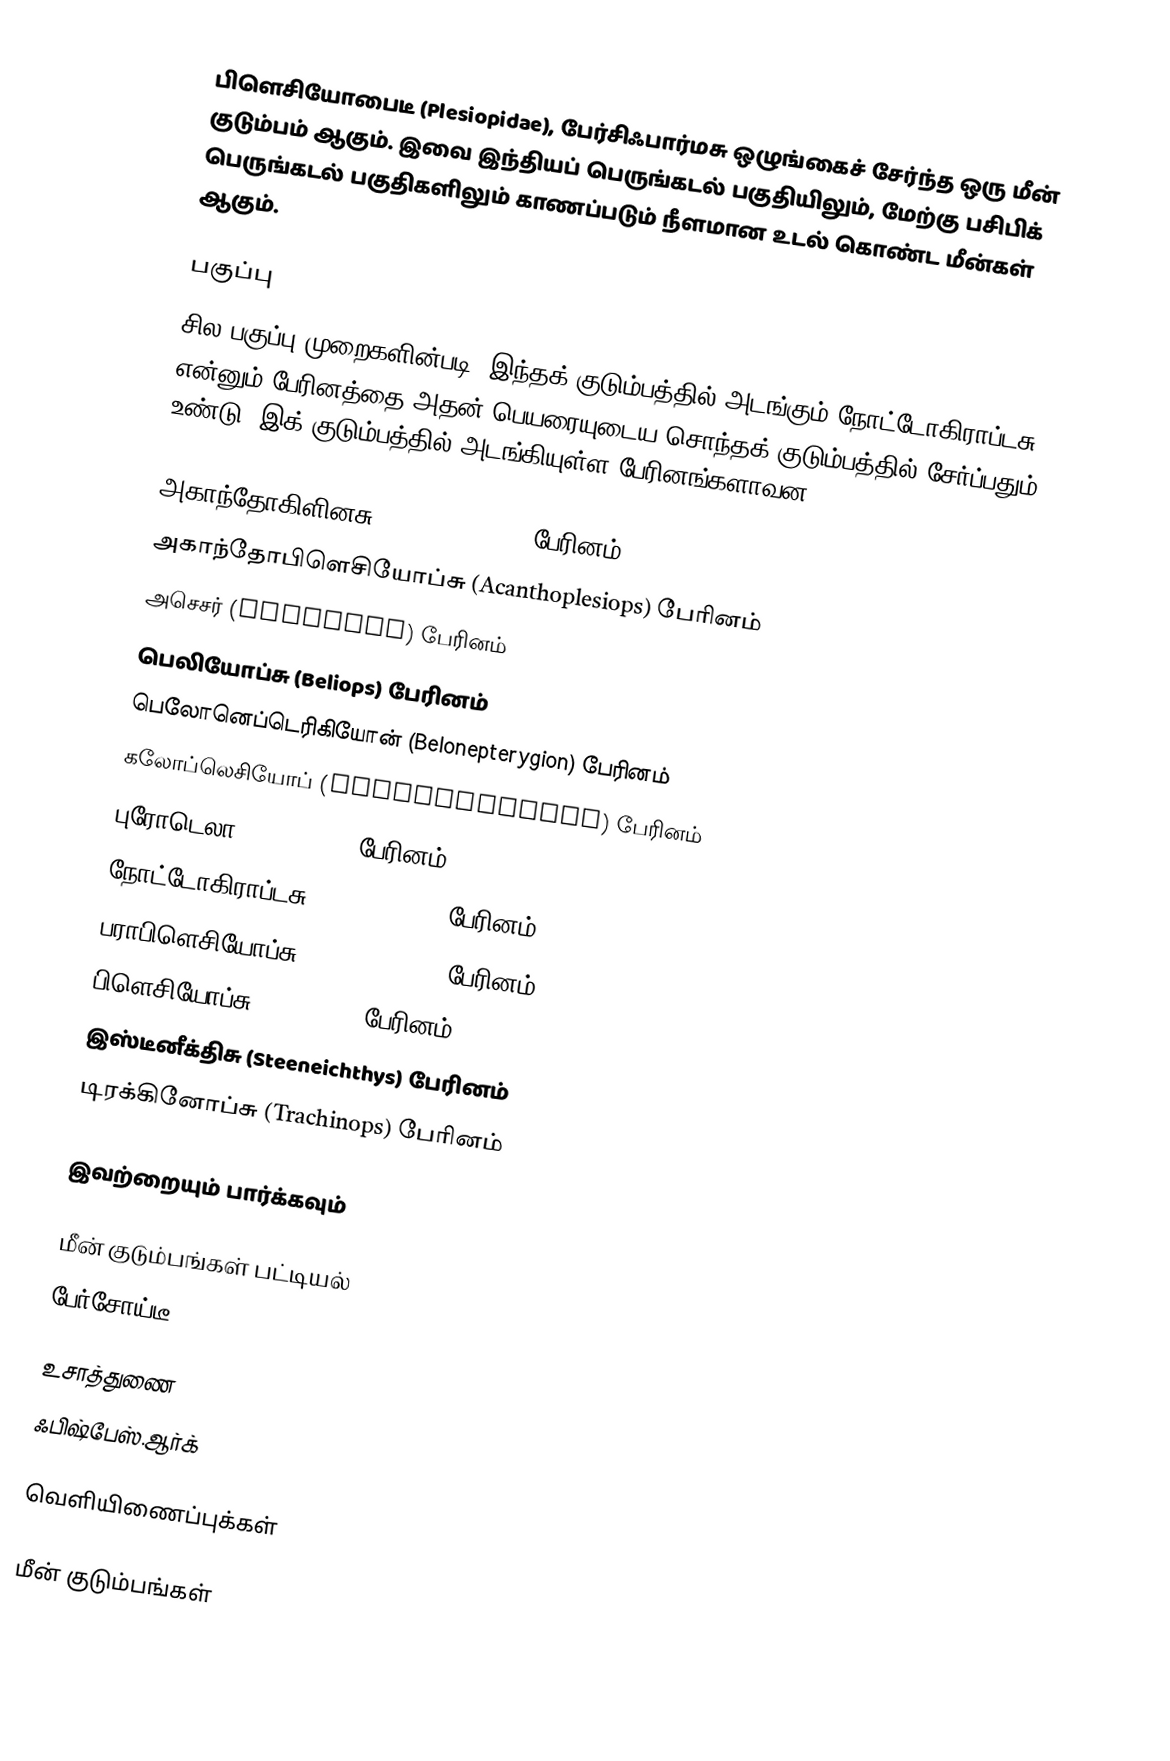
பிளெசியோபைடீ (Plesiopidae), பேர்சிஃபார்மசு ஒழுங்கைச் சேர்ந்த ஒரு மீன் குடும்பம் ஆகும். இவை இந்தியப் பெருங்கடல் பகுதியிலும், மேற்கு பசிபிக் பெருங்கடல் பகுதிகளிலும் காணப்படும் நீளமான உடல் கொண்ட மீன்கள் ஆகும்.

பகுப்பு
சில பகுப்பு முறைகளின்படி, இந்தக் குடும்பத்தில் அடங்கும் நோட்டோகிராப்டசு என்னும் பேரினத்தை அதன் பெயரையுடைய சொந்தக் குடும்பத்தில் சேர்ப்பதும் உண்டு. இக் குடும்பத்தில் அடங்கியுள்ள பேரினங்களாவன:

 அகாந்தோகிளினசு (Acanthoclinus) பேரினம்
 அகாந்தோபிளெசியோப்சு (Acanthoplesiops) பேரினம்
 அசெசர் (Assessor) பேரினம்
 பெலியோப்சு (Beliops) பேரினம்
 பெலோனெப்டெரிகியோன் (Belonepterygion) பேரினம்
 கலோப்லெசியோப் (Calloplesiops) பேரினம்
 புரோடெலா (Fraudella) பேரினம்
 நோட்டோகிராப்டசு (Notograptus) பேரினம்
 பராபிளெசியோப்சு (Paraplesiops) பேரினம்
 பிளெசியோப்சு (Plesiops) பேரினம்
 இஸ்டீனீக்திசு (Steeneichthys) பேரினம்
 டிரக்கினோப்சு (Trachinops) பேரினம்

இவற்றையும் பார்க்கவும்

 மீன் குடும்பங்கள் பட்டியல்
 பேர்சோய்டீ

உசாத்துணை
 ஃபிஷ்பேஸ்.ஆர்க்

வெளியிணைப்புக்கள்

மீன் குடும்பங்கள்